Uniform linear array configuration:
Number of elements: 24
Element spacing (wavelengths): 0.25
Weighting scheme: blackman
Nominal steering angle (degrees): -60
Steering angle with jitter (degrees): -58.448
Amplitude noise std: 0.05
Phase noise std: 0.05

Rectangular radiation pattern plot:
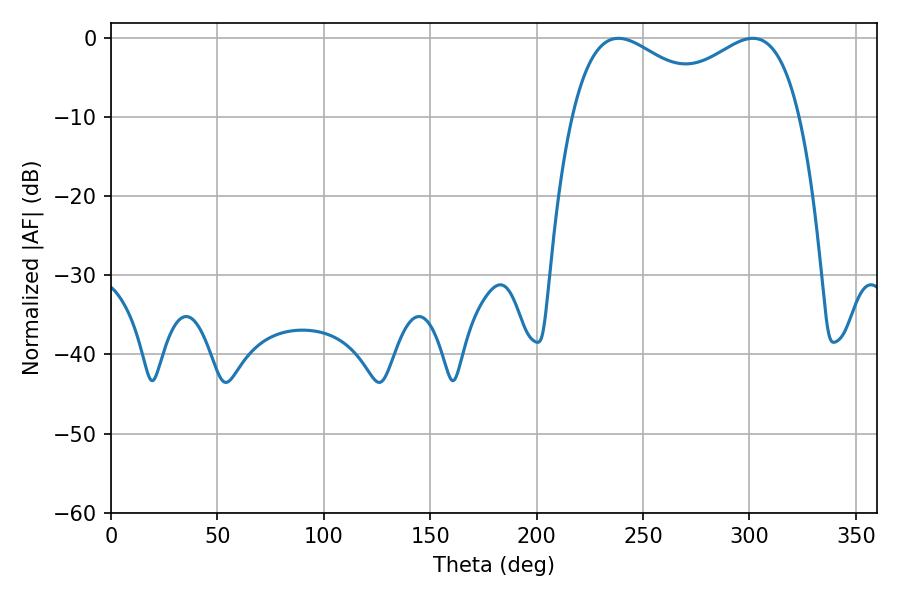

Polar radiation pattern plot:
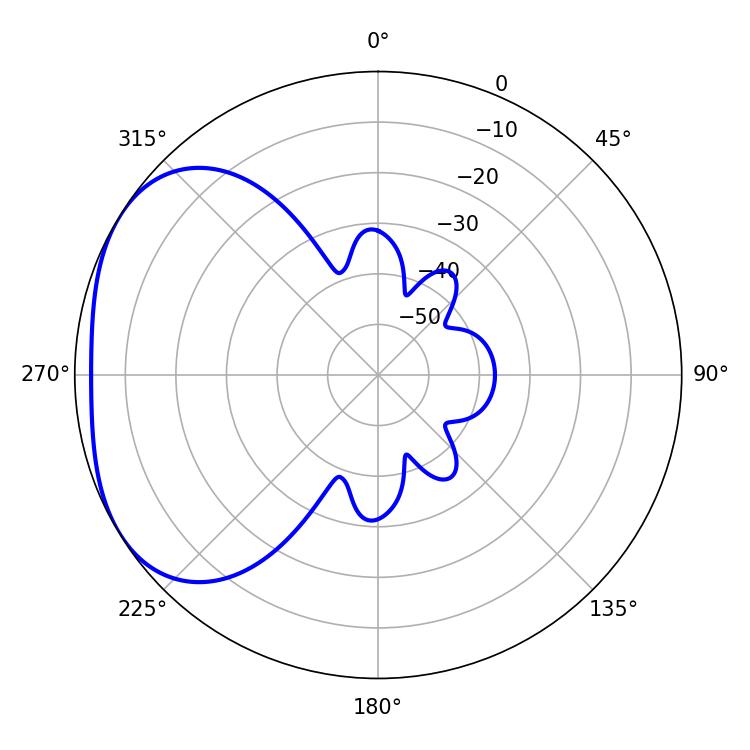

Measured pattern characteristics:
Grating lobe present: FALSE
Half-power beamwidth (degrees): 38.88
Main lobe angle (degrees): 238.5